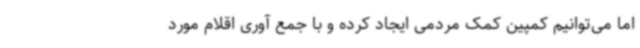
اما می‌توانیم کمپین کمک مردمی ایجاد کرده و با جمع آوری اقلام مورد